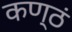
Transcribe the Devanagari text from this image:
कण्ठं